Account of plague administration in the Bombay Presidency from September 1896 till May 1897
Year: 1896
Disease focus: Plague
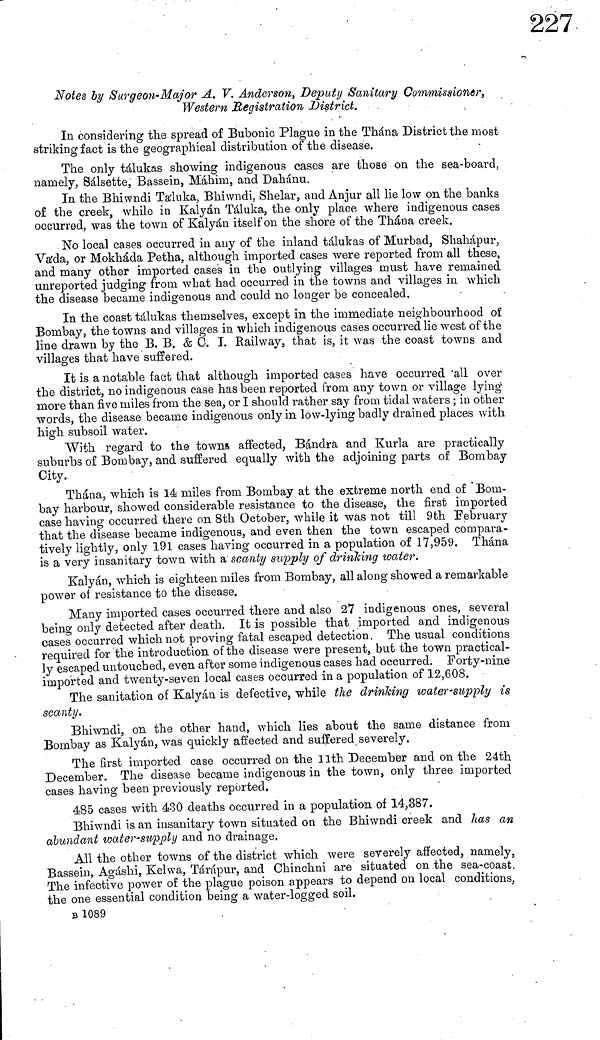
Notes by Surgeon-Major A. V. Anderson, Deputy Sanitary Commissioner,
Western Registration District.
In considering the spread of Bubonic Plague in the Thána District the most
striking fact is the geographical distribution of the disease.
The only tálukas showing indigenous cases are those on the sea-board,
namely, Salsette, Bassein, Máhim, and Dahánu.
In the Bhiwndi Taluka, Bhiwndi. Shelar, and Anjur all lie low on the banks
of the creek, while in Kalyán Táluka, the only place where indigenous cases
occurred, was the town of Kalyán itself on the shore of the Thána creek.
No local cases occurred in any of the inland tálukas of Murbad, Shahápur,
Váida, or Mokháda Petha, although imported cases were reported from all these,
and many other imported cases in the outlying villages must have remained
unreported judging from what had occurred in the towns and villages in which
the disease became indigenous and could no longer be concealed.
In the coast tálukas themselves, except in the immediate neighbourhood of
Bombay, the towns and villages in which indigenous cases occurred lie west of the
line drawn by the B. B. & C. I. Railway, that is, it was the coast towns and
villages that have suffered.
It is a notable fact that although imported cases have occurred all over
the district, no indigenous case has been reported from any town or village lying
more than five miles from the sea, or I should rather say from tidal waters ; in other
words, the disease became indigenous only in low-lying badly drained places with
high subsoil water.
With regard to the towns affected, Bándra and Kurla are practically
suburbs of Bombay, and suffered equally with the adjoining parts of Bombay
City.
Thána, which is 14 miles from Bombay at the extreme north end of Bom-
bay harbour, showed considerable resistance to the disease, the first imported
case having occurred there on 8th October, while it was not till 9th February
that the disease became indigenous, and even then the town escaped compara-
tively lightly, only 191 cases having occurred in a population of 17,959. Thána
is a very insanitary town with a scanty supply of drinking water.
Kalyán, which is eighteen miles from Bombay, all along showed a remarkable
power of resistance to the disease.
Many imported cases occurred there and also 27 indigenous ones, several
being only detected after death. It is possible that imported and indigenous
cases occurred which not proving fatal escaped detection. The usual conditions
required for the introduction of the disease were present, but the town practical-
ly escaped untouched, even after some indigenous cases had occurred. Forty-nine
imported and twenty-seven local cases occurred in a population of 12,608.
The sanitation of Kalyán is defective, while the drinking water-supply is
scanty.
Bhiwndi, on the other hand, which lies about the same distance from
Bombay as Kalyán, was quickly affected and suffered severely.
The first imported case occurred on the llth December and on the 24th
December. The disease became indigenous in the town, only three imported
cases having been previously reported.
485 cases with 430 deaths occurred in a population of 14,387.
Bhiwndi is an insanitary town situated on the Bhiwndi creek and has an
abundant water-supply and no drainage.
All the other towns of the district which were severely affected, namely,
Bassein, Agáshi, Kelwa, Tárápur, and Chinchni are situated on the sea-coast.
The infective power of the plague poison appears to depend on local conditions,
the one essential condition being a water-logged soil.
B 1089